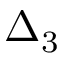
\Delta _ { 3 }